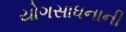
યોગસાધનાની